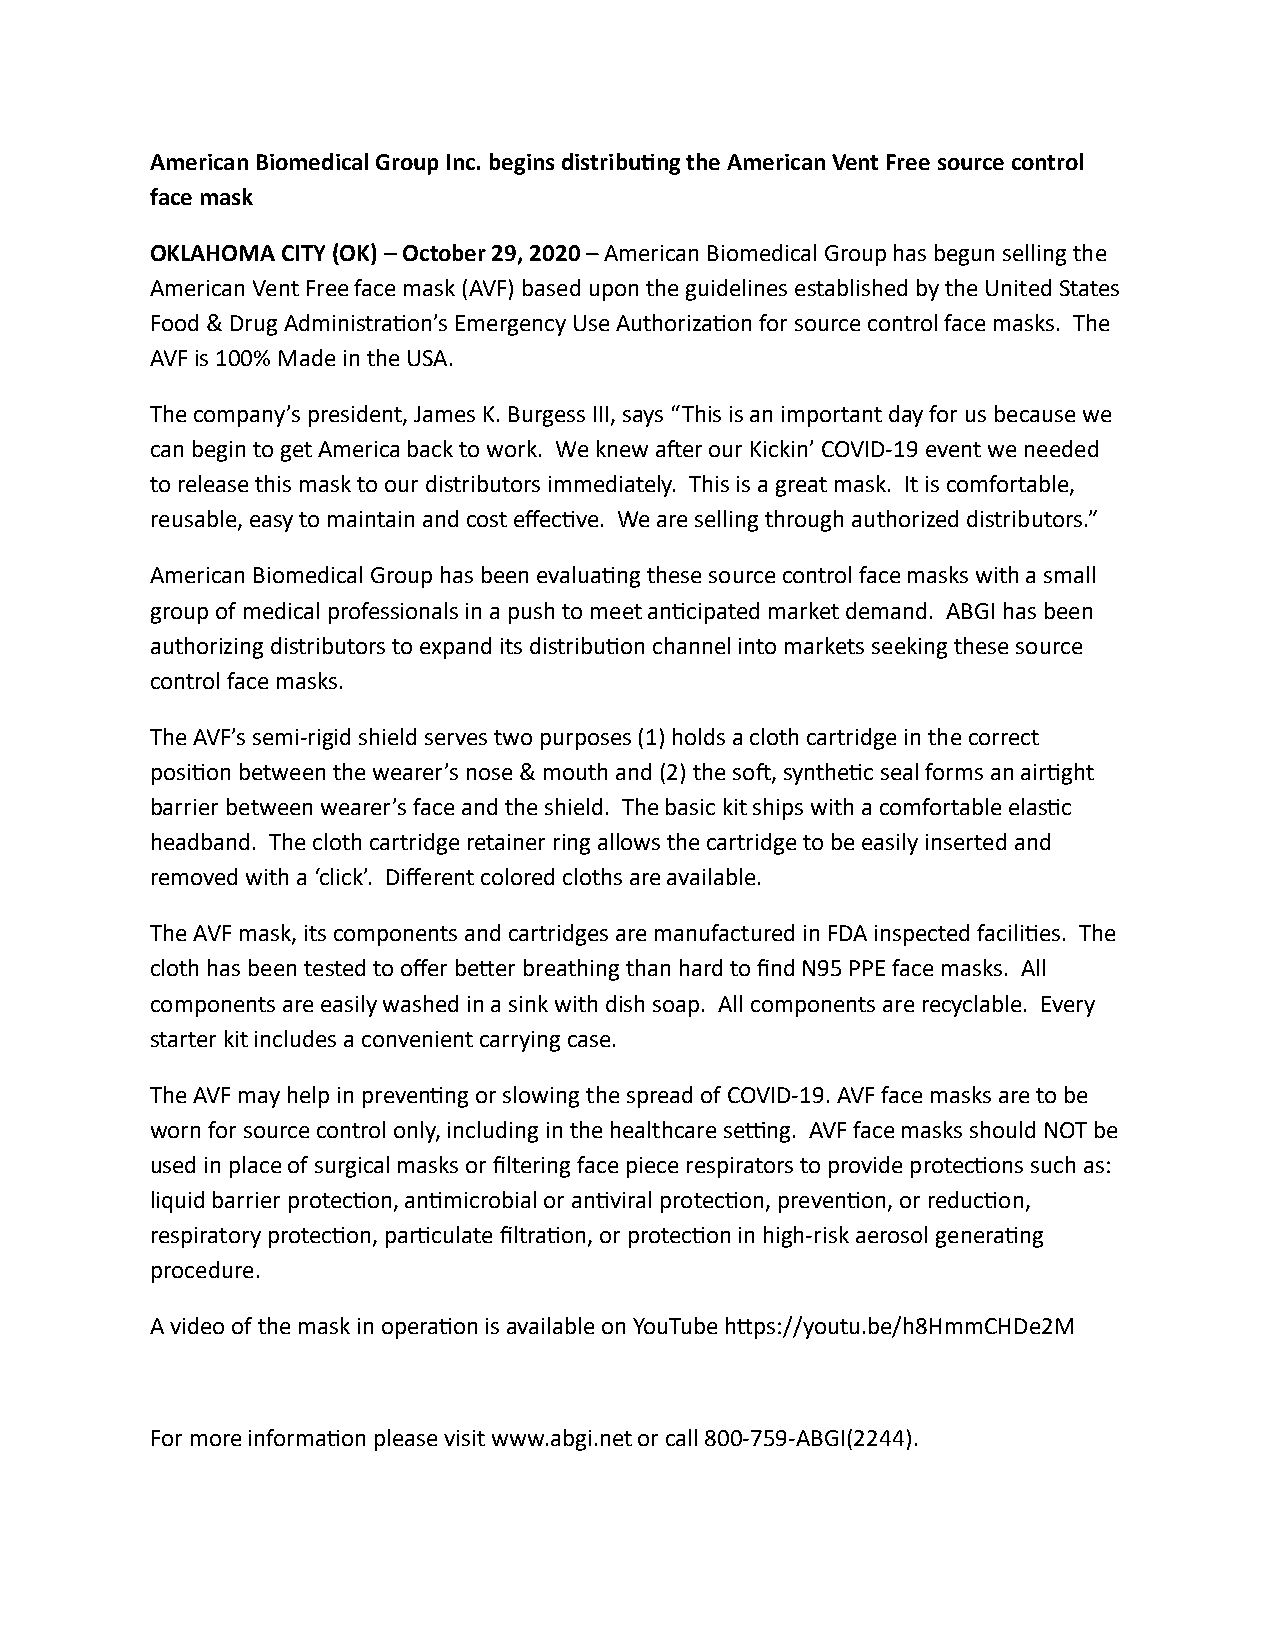
American Biomedical Group Inc. begins distribu7ng the American Vent Free source control
 face mask
 OKLAHOMA CITY (OK) – October 29, 2020 – American Biomedical Group has begun selling the
 American Vent Free face mask (AVF) based upon the guidelines established by the United States
 Food & Drug AdministraBon’s Emergency Use AuthorizaBon for source control face masks. The
 AVF is 100% Made in the USA.
 The company’s president, James K. Burgess III, says “This is an important day for us because we
 can begin to get America back to work. We knew aSer our Kickin’ COVID-19 event we needed
 to release this mask to our distributors immediately. This is a great mask. It is comfortable,
 reusable, easy to maintain and cost effecBve. We are selling through authorized distributors.”
 American Biomedical Group has been evaluaBng these source control face masks with a small
 group of medical professionals in a push to meet anBcipated market demand. ABGI has been
 authorizing distributors to expand its distribuBon channel into markets seeking these source
 control face masks.
 The AVF’s semi-rigid shield serves two purposes (1) holds a cloth cartridge in the correct
 posiBon between the wearer’s nose & mouth and (2) the soS, syntheBc seal forms an airBght
 barrier between wearer’s face and the shield. The basic kit ships with a comfortable elasBc
 headband. The cloth cartridge retainer ring allows the cartridge to be easily inserted and
 removed with a ‘click’. Different colored cloths are available.
 The AVF mask, its components and cartridges are manufactured in FDA inspected faciliBes. The
 cloth has been tested to offer be^er breathing than hard to find N95 PPE face masks. All
 components are easily washed in a sink with dish soap. All components are recyclable. Every
 starter kit includes a convenient carrying case.
 The AVF may help in prevenBng or slowing the spread of COVID-19. AVF face masks are to be
 worn for source control only, including in the healthcare secng. AVF face masks should NOT be
 used in place of surgical masks or filtering face piece respirators to provide protecBons such as:
 liquid barrier protecBon, anBmicrobial or anBviral protecBon, prevenBon, or reducBon,
 respiratory protecBon, parBculate filtraBon, or protecBon in high-risk aerosol generaBng
 procedure.
 A video of the mask in operaBon is available on YouTube h^ps://youtu.be/h8HmmCHDe2M
 For more informaBon please visit www.abgi.net or call 800-759-ABGI(2244).